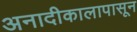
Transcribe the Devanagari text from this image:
अनादीकालापासून